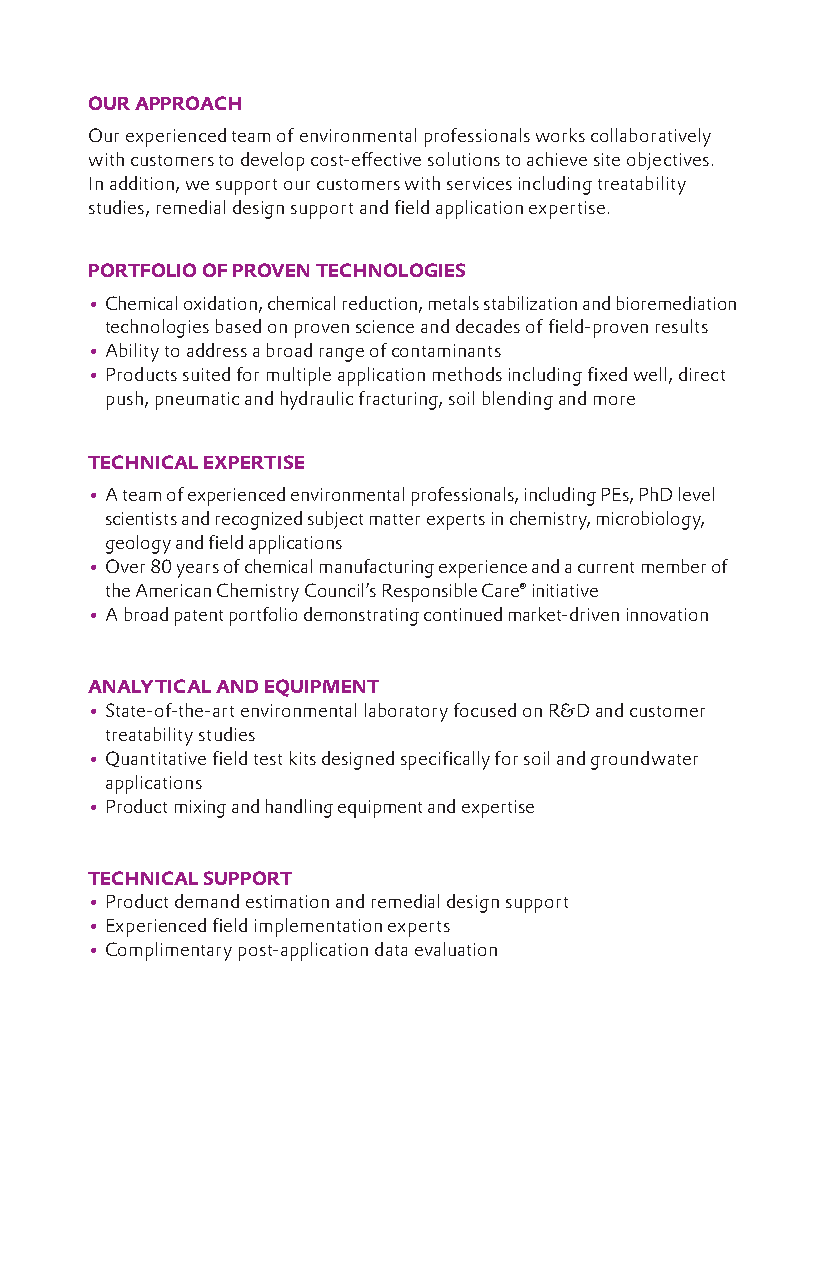
OUR APPROACH
 Our experienced team of environmental professionals works collaboratively
 with customers to develop cost-effective solutions to achieve site objectives.
 In addition, we support our customers with services including treatability
 studies, remedial design support and field application expertise.
 PORTFOLIO OF PROVEN TECHNOLOGIES
 • Chemical oxidation, chemical reduction, metals stabilization and bioremediation
 technologies based on proven science and decades of field-proven results
 • Ability to address a broad range of contaminants
 • Products suited for multiple application methods including fixed well, direct
 push, pneumatic and hydraulic fracturing, soil blending and more
 TECHNICAL EXPERTISE
 • A team of experienced environmental professionals, including PEs, PhD level
 scientists and recognized subject matter experts in chemistry, microbiology,
 geology and field applications
 • Over 80 years of chemical manufacturing experience and a current member of
 the American Chemistry Council’s Responsible Care® initiative
 • A broad patent portfolio demonstrating continued market-driven innovation
 ANALYTICAL AND EQUIPMENT
 • State-of-the-art environmental laboratory focused on R&D and customer
 treatability studies
 • Quantitative field test kits designed specifically for soil and groundwater
 applications
 • Product mixing and handling equipment and expertise
 TECHNICAL SUPPORT
 • Product demand estimation and remedial design support
 • Experienced field implementation experts
 • Complimentary post-application data evaluation